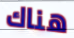
هناك